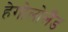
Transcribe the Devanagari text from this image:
हेगोलोलैंड